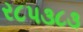
ર૮પ૩૮૩